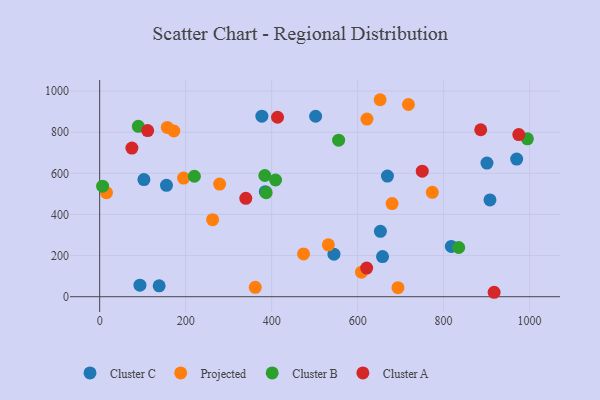
{"axis": {"x": "Investment", "y": "Exam Score"}, "legend": ["Cluster A", "Cluster B", "Cluster C", "Projected"], "data": [{"x": "669.3", "y": 586.4, "type": "Cluster C"}, {"x": "385.2", "y": 510.6, "type": "Cluster C"}, {"x": "502.3", "y": 877.4, "type": "Cluster C"}, {"x": "377.3", "y": 877.7, "type": "Cluster C"}, {"x": "155.4", "y": 541.4, "type": "Cluster C"}, {"x": "900.8", "y": 650.0, "type": "Cluster C"}, {"x": "817.9", "y": 244.4, "type": "Cluster C"}, {"x": "102.9", "y": 569.4, "type": "Cluster C"}, {"x": "93.7", "y": 55.9, "type": "Cluster C"}, {"x": "544.9", "y": 206.8, "type": "Cluster C"}, {"x": "969.9", "y": 669.2, "type": "Cluster C"}, {"x": "653.0", "y": 318.0, "type": "Cluster C"}, {"x": "138.4", "y": 52.9, "type": "Cluster C"}, {"x": "907.8", "y": 470.6, "type": "Cluster C"}, {"x": "657.9", "y": 195.3, "type": "Cluster C"}, {"x": "693.8", "y": 43.8, "type": "Projected"}, {"x": "680.1", "y": 453.0, "type": "Projected"}, {"x": "621.7", "y": 863.9, "type": "Projected"}, {"x": "195.2", "y": 576.9, "type": "Projected"}, {"x": "361.9", "y": 45.6, "type": "Projected"}, {"x": "531.9", "y": 252.1, "type": "Projected"}, {"x": "718.2", "y": 934.5, "type": "Projected"}, {"x": "773.7", "y": 507.8, "type": "Projected"}, {"x": "15.9", "y": 506.0, "type": "Projected"}, {"x": "279.0", "y": 547.7, "type": "Projected"}, {"x": "172.5", "y": 805.8, "type": "Projected"}, {"x": "609.0", "y": 119.4, "type": "Projected"}, {"x": "262.7", "y": 374.8, "type": "Projected"}, {"x": "652.3", "y": 957.8, "type": "Projected"}, {"x": "474.2", "y": 207.9, "type": "Projected"}, {"x": "157.3", "y": 822.9, "type": "Projected"}, {"x": "387.3", "y": 505.7, "type": "Cluster B"}, {"x": "555.8", "y": 761.1, "type": "Cluster B"}, {"x": "835.1", "y": 239.4, "type": "Cluster B"}, {"x": "409.1", "y": 567.5, "type": "Cluster B"}, {"x": "384.1", "y": 589.4, "type": "Cluster B"}, {"x": "6.9", "y": 537.7, "type": "Cluster B"}, {"x": "220.3", "y": 585.8, "type": "Cluster B"}, {"x": "994.8", "y": 767.7, "type": "Cluster B"}, {"x": "89.9", "y": 828.7, "type": "Cluster B"}, {"x": "339.9", "y": 478.3, "type": "Cluster A"}, {"x": "413.7", "y": 872.6, "type": "Cluster A"}, {"x": "974.8", "y": 788.5, "type": "Cluster A"}, {"x": "917.5", "y": 21.6, "type": "Cluster A"}, {"x": "750.3", "y": 610.5, "type": "Cluster A"}, {"x": "111.6", "y": 807.7, "type": "Cluster A"}, {"x": "621.0", "y": 139.3, "type": "Cluster A"}, {"x": "886.3", "y": 811.8, "type": "Cluster A"}, {"x": "75.0", "y": 722.8, "type": "Cluster A"}]}